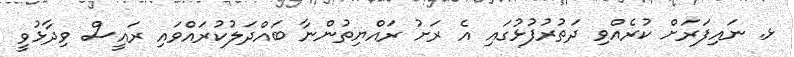
ޅ. ނައިފަރަށް ކުރެއްވި ދަތުރުފުޅުގައި އެ ރަށު ރައްޔިތުންނާ ބައްދަލުކުރައްވައި ރައީސް ވިދާޅުވީ